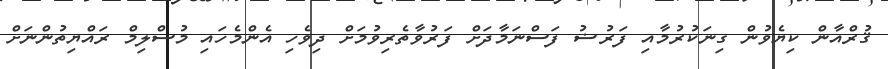
ޤުރްއާން ކިޔެވުން ގިނަކުރުމާއި ފަރުޟު ފަސްނަމާދަށް ފަރުވާތެރިވުމަށް ދިވެހި އެންމެހައި މުސްލިމް ރައްޔިތުންނަށް